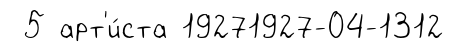
5 арт'и́ста 19271927-04-1312